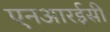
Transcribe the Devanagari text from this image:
एनआरईसी